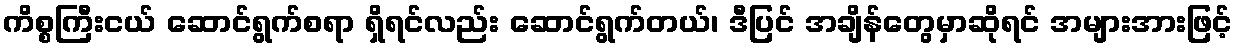
ကိစ္စကြီးငယ် ဆောင်ရွက်စရာ ရှိရင်လည်း ဆောင်ရွက်တယ်၊ ဒီပြင် အချိန်တွေမှာဆိုရင် အများအားဖြင့်